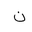
Letter: _non